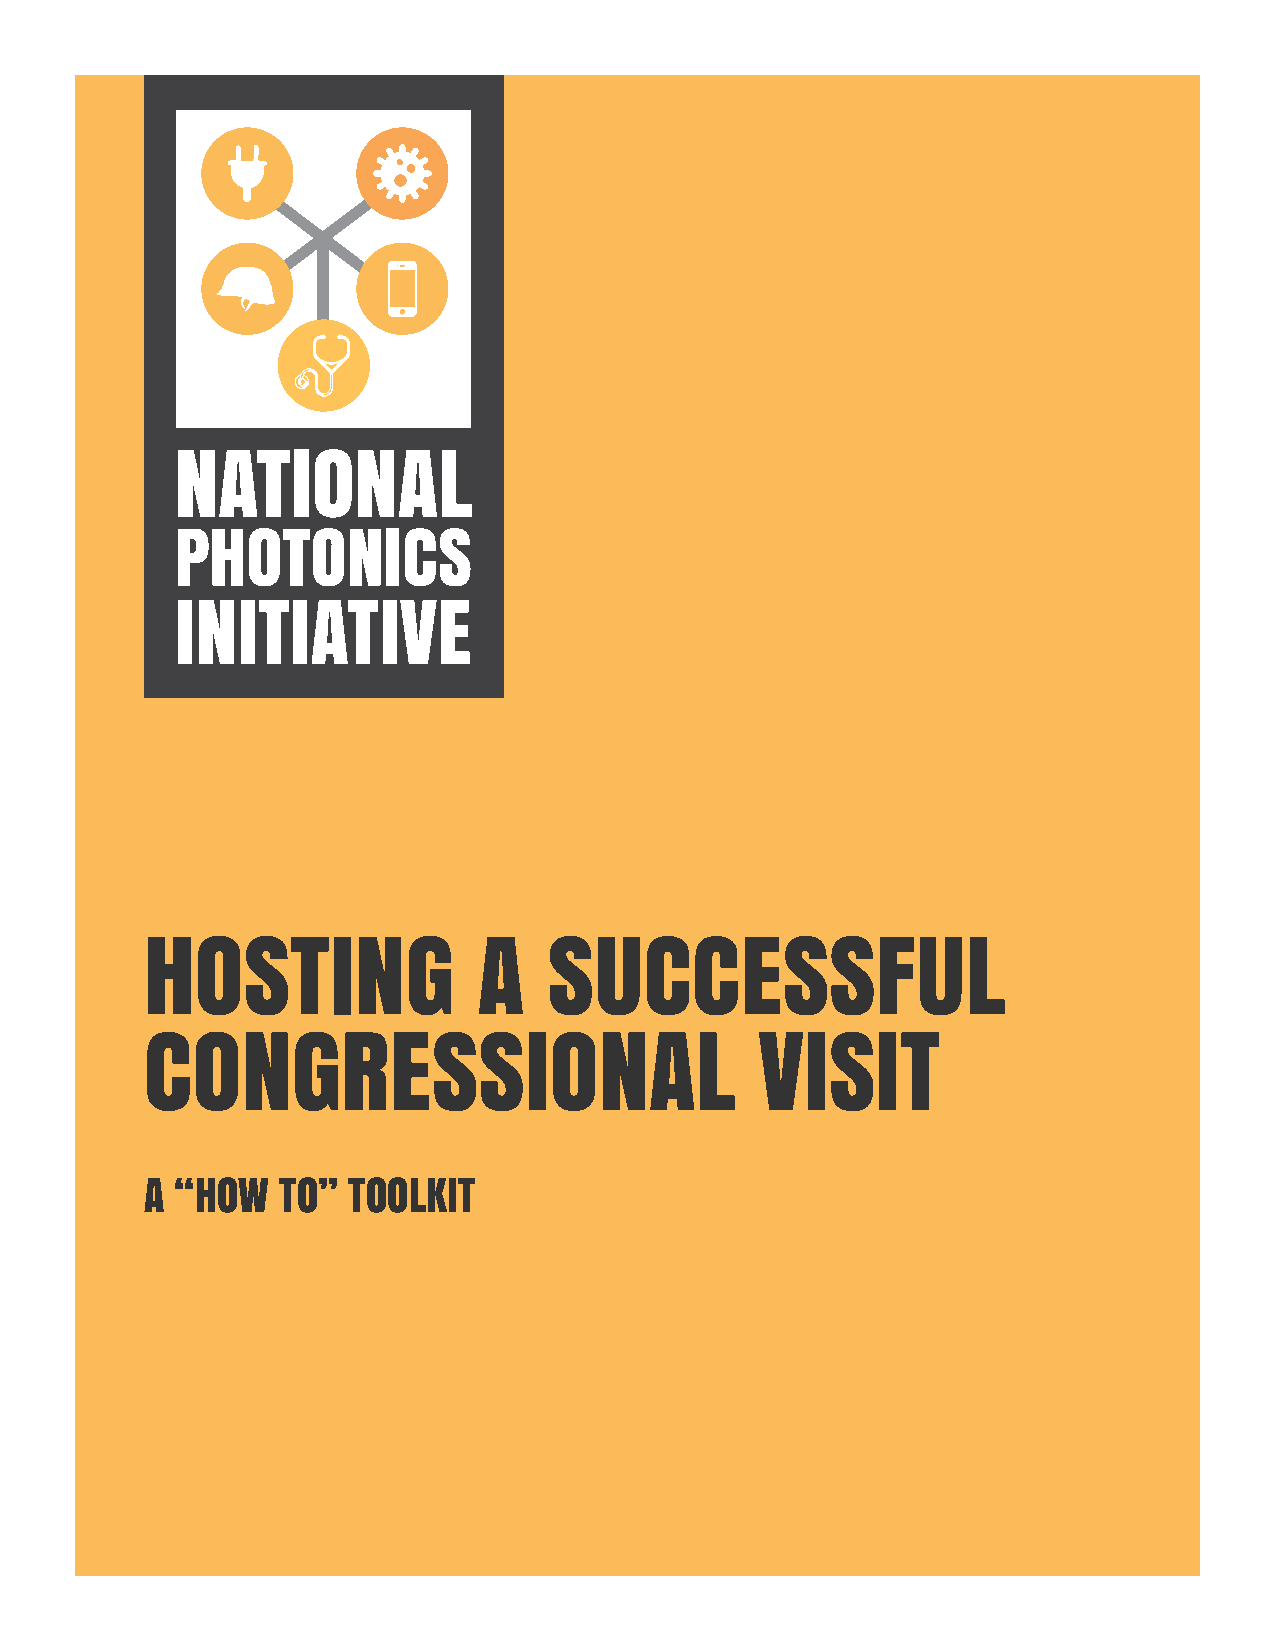
HOSTING               A   SUCCESSFUL
 CONGRESSIONAL                           VISIT
 A “HOW  TO”  TOOLKIT